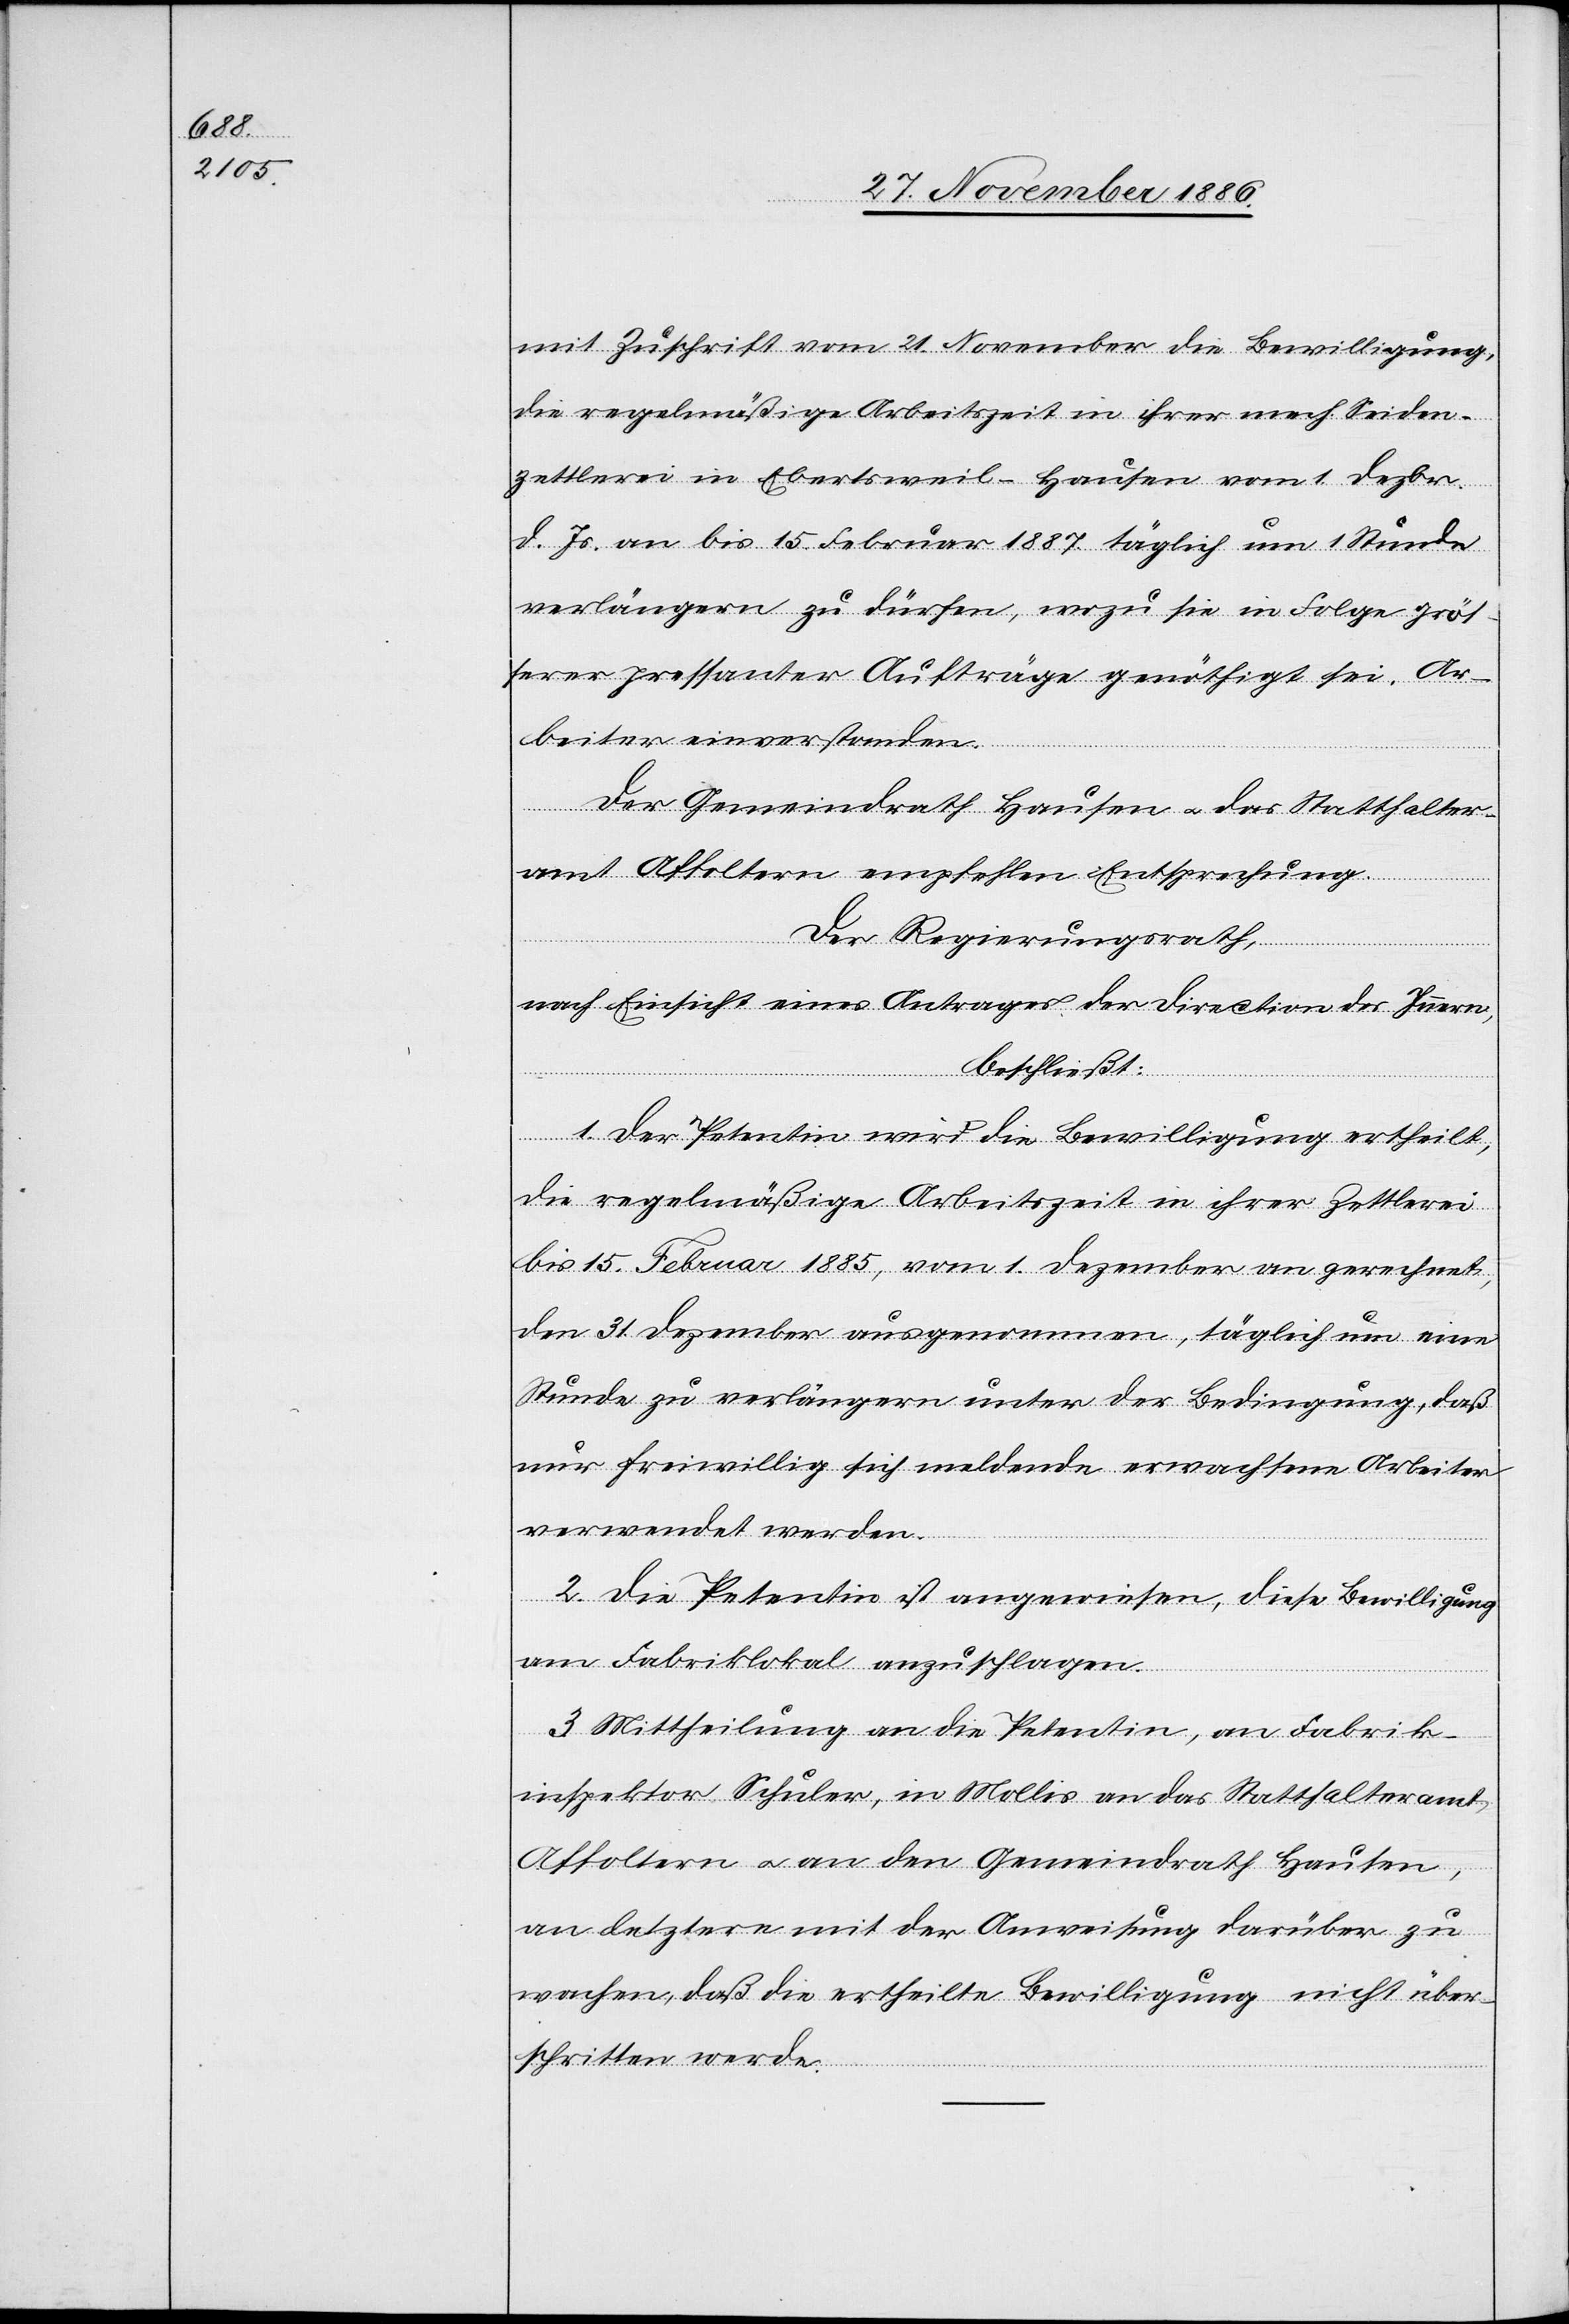
mit Zuschrift vom 21. November die Bewilligung,
die regelmäßige Arbeitszeit in ihrer mech. Seiden¬
zettlerei in Ebertsweil - Hausen vom 1. Dezbr.
d. Js. an bis 15. Februar 1887 täglich um 1 Stunde
verlängern zu dürfen, wozu sie in Folge grös¬
serer pressanter Aufträge genöthigt sei. Ar¬
beiter einverstanden.
Der Gemeindrath Hausen & das Statthalter¬
amt Affoltern empfehlen Entsprechung.
Der Regierungsrath,
nach Einsicht eines Antrages der Direction des Innern,
beschließt:
1. Der Petentin wird die Bewilligung ertheilt,
die regelmäßige Arbeitszeit in ihrer Zettlerei
bis 15. Februar 1885, vom 1. Dezember an gerechnet,
den 31. Dezember ausgenommen, täglich um eine
Stunde zu verlängern unter der Bedingung, daß
nur freiwillig sich meldende erwachsene Arbeiter
verwendet werden.
2. Die Petentin ist angewiesen, diese Bewilligung
am Fabriklokal anzuschlagen.
3. Mittheilung an die Petentin, an Fabrik¬
inspektor Schuler, in Mollis, an das Statthalteramt
Affoltern & an den Gemeindrath Hausen,
an letzteren mit der Anweisung darüber zu
wachen, daß die ertheilte Bewilligung nicht über¬
schritten werde.